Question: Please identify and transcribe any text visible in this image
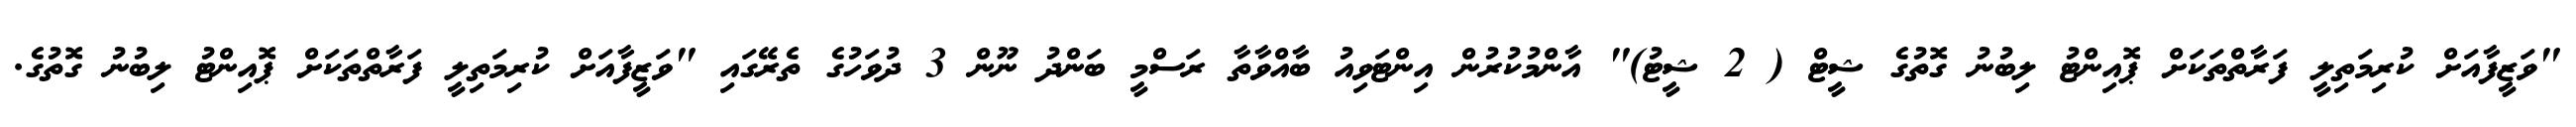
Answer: "ވަޒީފާއަށް ކުރިމަތިލީ ފަރާތްތަކަށް ޕޮއިންޓު ލިބުނު ގޮތުގެ ޝީޓް ( 2 ޝީޓު)" އާންމުކުރުން އިންޓަވިއު ބާއްވާތާ ރަސްމީ ބަންދު ނޫން 3 ދުވަހުގެ ތެރޭގައި "ވަޒީފާއަށް ކުރިމަތިލީ ފަރާތްތަކަށް ޕޮއިންޓު ލިބުނު ގޮތުގެ.